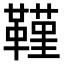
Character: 𮧧